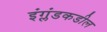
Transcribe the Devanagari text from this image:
इंग्लंडकडील